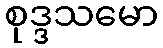
စုဒ္ဒသမော